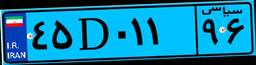
۴۵D۰۱۱۹۶